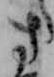
さ